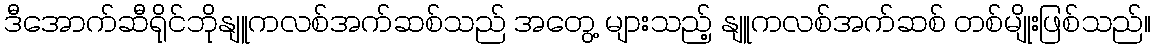
ဒီအောက်ဆီရိုင်ဘိုနျူကလစ်အက်ဆစ်သည် အတွေ့ များသည့် နျူကလစ်အက်ဆစ် တစ်မျိုးဖြစ်သည်။